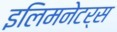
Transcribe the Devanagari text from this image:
इलिमनेटर्स